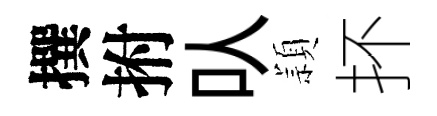
撰拊㕥頴抔